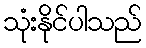
သုံးနိုင်ပါသည်